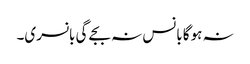
نہ ہوگا بانس نہ بجے گی بانسری۔